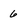
Character: 6